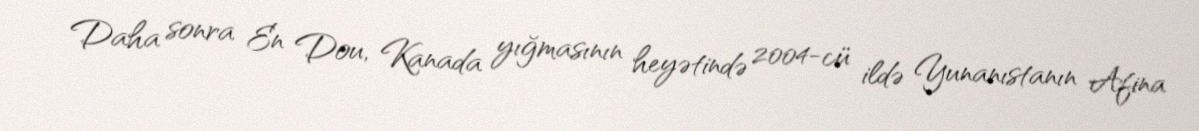
Daha sonra En Dou, Kanada yığmasının heyətində 2004-cü ildə Yunanıstanın Afina